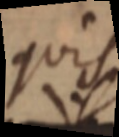
quis